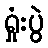
ရှုံးပွဲ